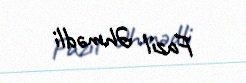
Fazil Əhmədli